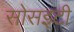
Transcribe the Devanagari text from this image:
सोसइटी